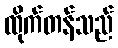
ထိုက်တန်သည်